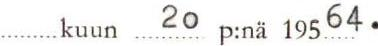
..kuun 20. p:nä19564.